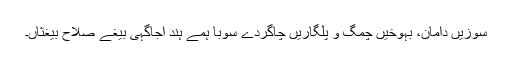
سوزیں دامان، بہوخیں چمگ و پلگاریں چاگردے سوبا ہمے ہند اجاگہی بیغے صلاح بیغثاں۔